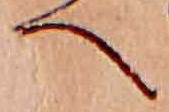
へ